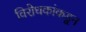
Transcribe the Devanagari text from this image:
विरोधकांकडून